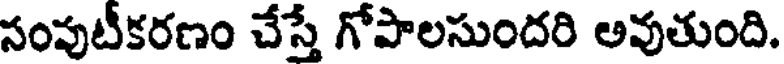
సంపుటీకరణం చేస్తే గోపాలసుందరి అవుతుంది.